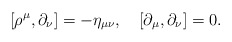
\begin{align*}[\rho^\mu,\partial_\nu]=-\eta_{\mu\nu},\quad[\partial_\mu,\partial_\nu]=0.\end{align*}